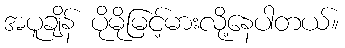
အပူချိန် ပိုမိုမြင့်မားလို့နေပါတယ်။